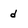
Character: d